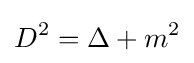
D^{2}=\Delta +m^{2}